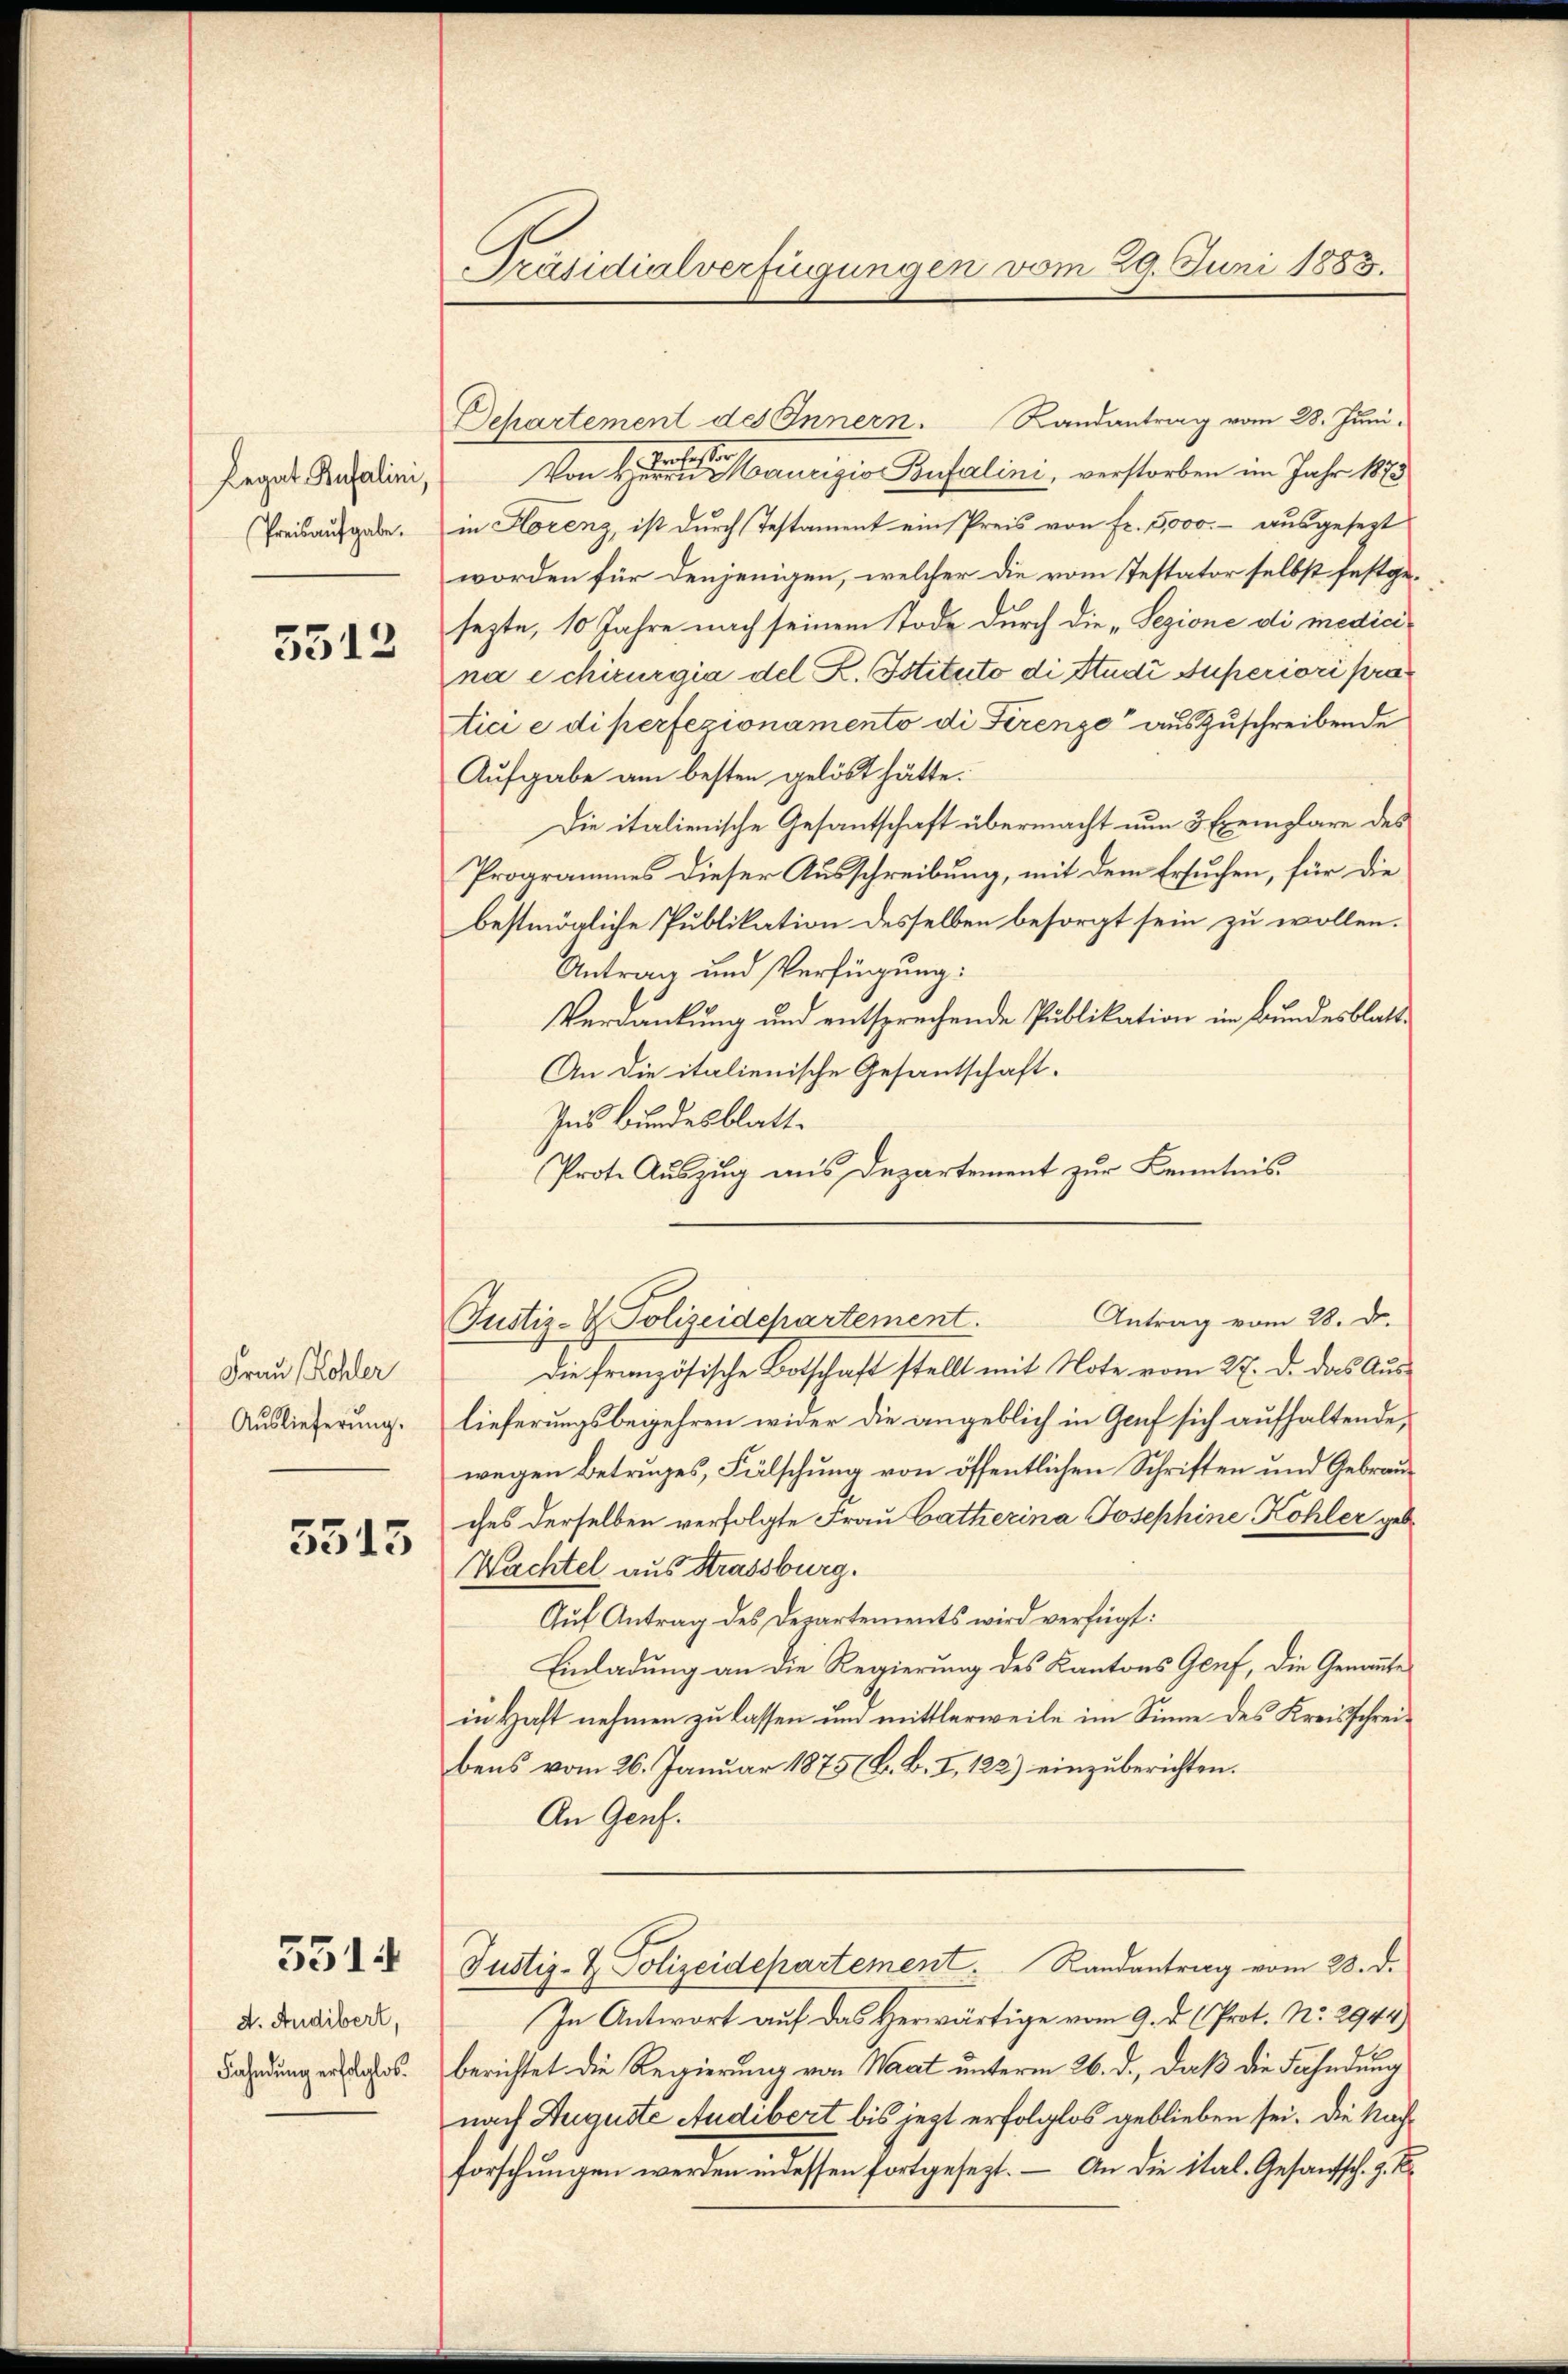
Legat Busalini,
Preisaufgabe.

5512

Frau Kohler
Auslieferung.

3515

5314

d. Andibert,
Fahndung erfolglos.

Präsidialverfügungen vom 29. Juni 1883.

Dchartement des Innern. Randantrag vom 28. Juni.
r
t
Von Herrn Maurigio Bufalini, verstorben im Jahr 1873
in Horenz, ist durch Testament ein Preis von Fr. 5000.- ausgesezt
worden für denjenigen, welcher die vom Testator selbst festgesezte, 10 Jahre nach seinem Tode durch die „Sezione di medicina Schirurgia del R. Istituto di Studi Superiori præs
tici e di perfezionamento di Serenze auszuschreibende
Aufgabe am besten gelöst hätte.
Die italienische Gesantschaft übermacht nun 3 Exemplare des
Programmes dieser Ausschreibung, mit dem Ersuchen, für die
bestmögliche Publikation desselben besorgt sein zu wollen.
Antrag und Verfügung:
Verdankung und entsprechende Publikation im Bundesblatt¬
An die italienische Gesantschaft-
Ins Bundesblatt.
Prote Auszug aus Departement zur Kenntnis¬
Die französische Botschaft stellt mit Note vom 27. d. das Auslieferungsbegehren wider die angeblich in Graf sich aufhaltende,
wegen Betruges, Fälschung von öffentlichen Schriften und Gebrauches derselben verfolgte Frau Catherina Josephine Kohler geb
Wachtel aus Strassburg.
Auf Antrag des Departements wird verfügt:
Einladung an die Regierung des Kantons Genf, die Genannte
in Haft nehmen zu lassen und mittlerweile im Sinne des Kreisschreibens vom 26. Januar 1875 (B. B. I, 122) einzuberichten.
An Genf.
Justiz- & Polizeidepartement. Randantrag vom 28. d.
In Antwort auf das Herwärtige vom 9. d. Prot. No. 2944)
berichtet die Regierung von Waat unterm 26. d., daß die Fahndung
nach Auguste Audibert bis jezt erfolglos geblieben sei. Die Nachforschungen werden indessen fortgesezt. – An die ital. Gesantsch. z. B.

Antrag vom 28. Dr.
Justiz- & Polizeidepartement.